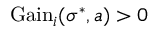
{ \mathrm { G a i n } } _ { i } ( \sigma ^ { * } , a ) > 0